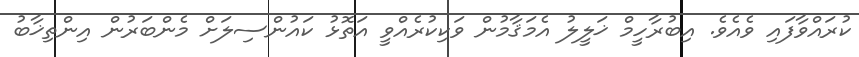
ކުރައްވާފައި ވެއެވެ. އިބުރާހީމް ޚަލީލު އެމަޤާމުން ވަކިކުރެއްވީ އަތޮޅު ކައުންސިލަށް މެންބަރުން އިންތިޚާބު